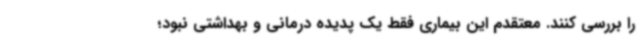
را بررسی کنند. معتقدم این بیماری فقط یک پدیده درمانی و بهداشتی نبود؛